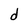
Character: d